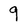
Character: 9